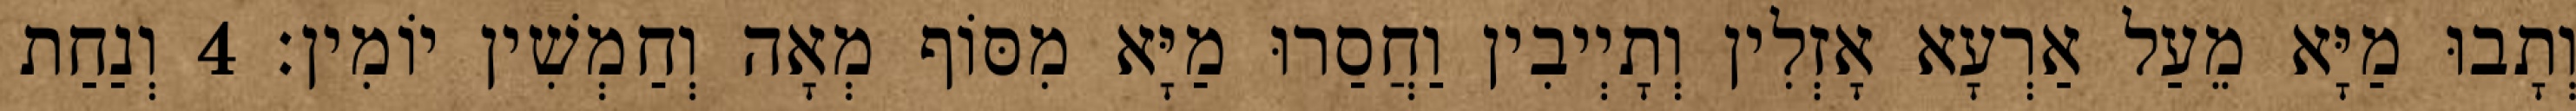
וְתָבוּ מַיָּא מֵעַל אַרְעָא אָזְלִין וְתָיְיבִין וַחֲסַרוּ מַיָּא מִסּוֹף מְאָה וְחַמְשִׁין יוֹמִין׃ 4 וְנַחַת